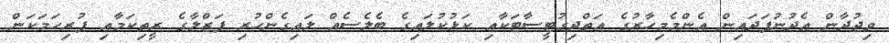
ވިޖުދާން އެދުނުފަދައިން އެންމެމިހާރުގެ އަތްދިގުޓީސާޓަކާއި ކަޅުކުލައިގެ ބެލެސެއް ލައިގެންހުރި ފަޒްލާގެ ރީތިކަމާއި ފުރިހަމަކަން